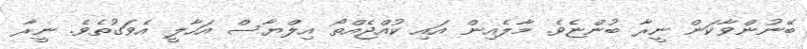
ބޭނުންވާކަން ނީރާ ބުންޏެވެ. މާލެއިން އައި ކުއްޖެއްތޯ އިލްޔާސް އަހާލީ އެވަގުތެވެ. ނީރާ